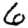
Digit: 6